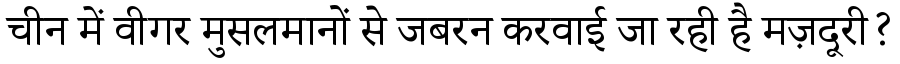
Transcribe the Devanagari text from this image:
चीन में वीगर मुसलमानों से जबरन करवाई जा रही है मज़दूरी?